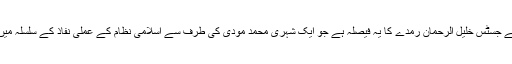
اس لاعلمی اور بے پرواہی کا تازہ ترین شاہکار لاہور ہائیکورٹ کے جسٹس خلیل الرحمان رمدے کا یہ فیصلہ ہے جو ایک شہری محمد مودی کی طرف سے اسلامی نظام کے عملی نفاذ کے سلسلہ میں دائر کردہ رٹ کو مسترد کرتے ہوئے انہوں نے صادر فرمایا ہے۔